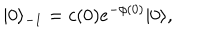
LaTeX: | 0 \rangle _ { - 1 } = c ( 0 ) e ^ { - \phi ( 0 ) } | 0 \rangle ,